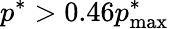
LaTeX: p^{*}>0.46p_{\mathrm{max}}^{*}